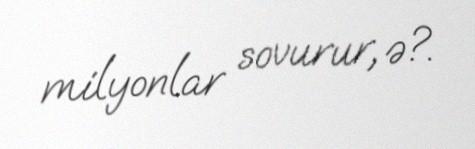
milyonlar sovurur, ə?.